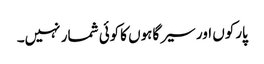
پارکوں اور سیر گاہوں کاکوئی شمار نہیں۔